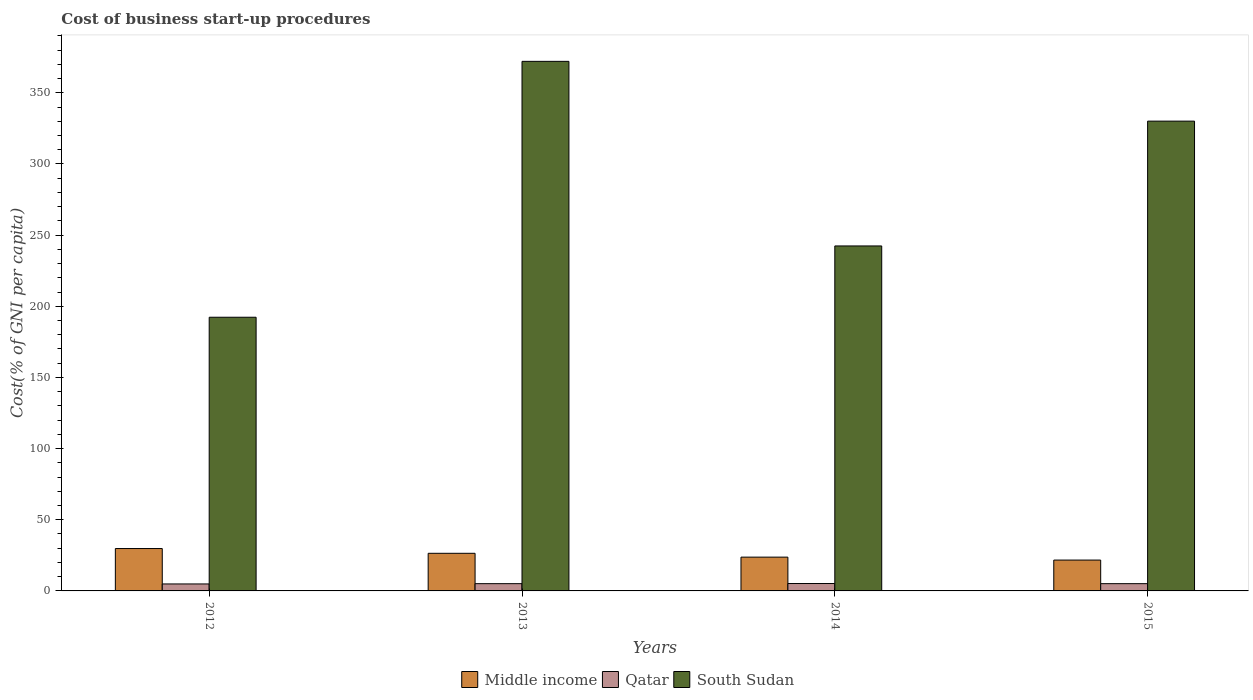
| Years | Middle income | Qatar | South Sudan |
 | --- | --- | --- | --- |
 | 2012 | 29.8 | 4.9 | 192 |
 | 2013 | 26.4 | 5.1 | 372 |
 | 2014 | 23.7 | 5.2 | 242 |
 | 2015 | 21.7 | 5.1 | 330 |